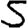
Digit: 5